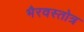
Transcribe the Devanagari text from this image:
भैरवस्तोत्र